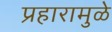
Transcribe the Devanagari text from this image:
प्रहारामुळे